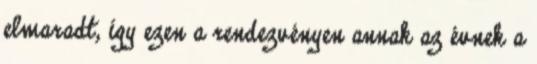
elmaradt, így ezen a rendezvényen annak az évnek a